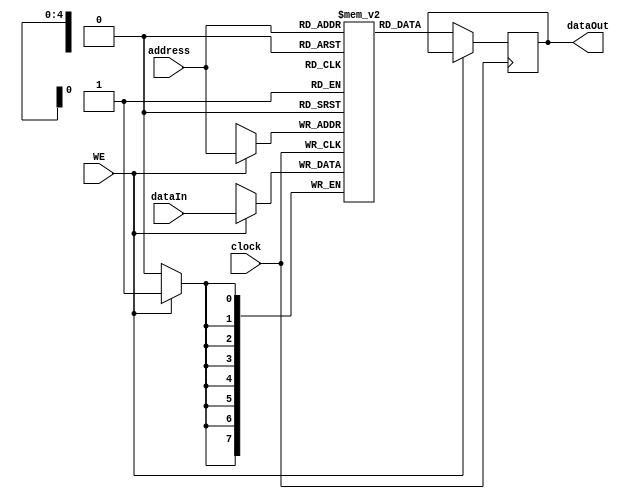
module RAM_8bits(address, WE,dataIn, dataOut, clock);

input [7:0] dataIn;
input [4:0] address;
input WE, clock;
output reg[7:0] dataOut;

reg [7:0] RAM[0:31];

always @ (posedge clock)
	if( WE == 1)
		RAM[address] <= dataIn;
	else
		dataOut <= RAM[address];

endmodule